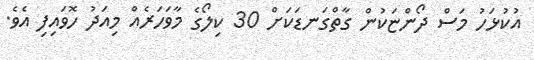
އުކުޅަހު މަސް ދޯންޏަކުން ގާތްގަނޑަކަށް 30 ކިލޯގެ މާވަހަރެއް މިއަދު ހޮވައިފި އެވެ.